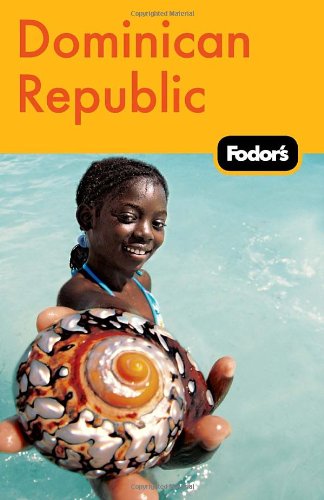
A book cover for Fodor's Dominican Republic, 2nd Edition (Travel Guide); Fodor's; Travel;